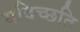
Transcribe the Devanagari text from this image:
यदिच्छति